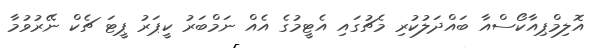
އޮލިމްޕިއާކޯސްއާ ބައްދަލުކުރި މެޗުގައި އެޓީމުގެ އެއް ނަމްބަރު ކީޕަރު ޕީޓަ ޗެކް ނޭރުވުމާ